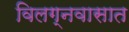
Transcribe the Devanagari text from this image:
विलग्नवासात